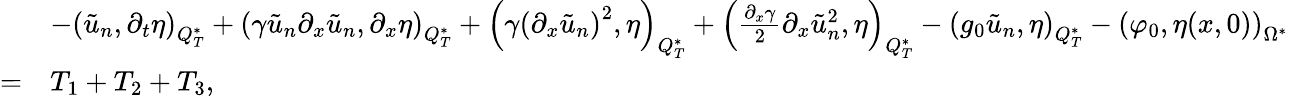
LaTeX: \begin{array}{rl}&{-\left(\tilde{u}_{n},\partial_{t}\eta\right)_{Q_{T}^{*}}+\left(\gamma\tilde{u}_{n}\partial_{x}\tilde{u}_{n},\partial_{x}\eta\right)_{Q_{T}^{*}}+\left(\gamma\left(\partial_{x}\tilde{u}_{n}\right)^{2},\eta\right)_{Q_{T}^{*}}+\left(\frac{\partial_{x}\gamma}{2}\partial_{x}\tilde{u}_{n}^{2},\eta\right)_{Q_{T}^{*}}-\left(g_{0}\tilde{u}_{n},\eta\right)_{Q_{T}^{*}}-\left(\varphi_{0},\eta(x,0)\right)_{\Omega^{*}}}\\ {=}&{T_{1}+T_{2}+T_{3},}\end{array}